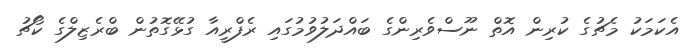
އެކަމަކު މެޗުގެ ކުރިން އޮތް ނޫސްވެރިންގެ ބައްދަލުވުމުގައި ރެފްރީއާ ގުޅޭގޮތުން ބްރެޒިލްގެ ކޯޗު